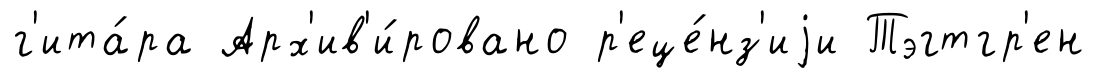
г'ита́ра Арх'ив'и́ровано р'еце́нз'иjи Тэгтгр'ен